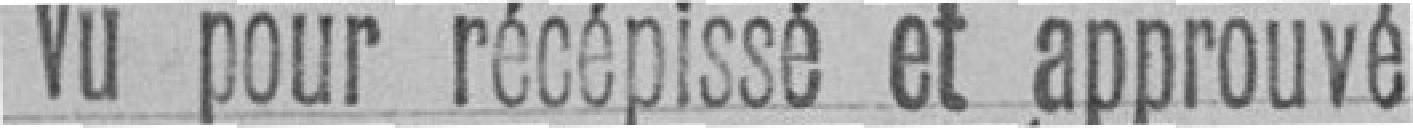
Vu pour récépissé et approuvé